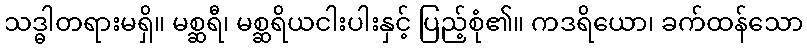
သဒ္ဓါတရားမရှိ။ မစ္ဆရီ၊ မစ္ဆရိယငါးပါးနှင့် ပြည့်စုံ၏။ ကဒရိယော၊ ခက်ထန်သော